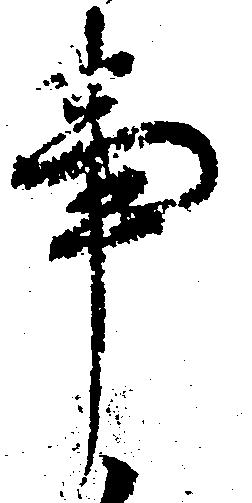
事